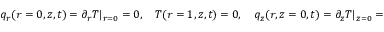
\begin{array} { r } { q _ { r } ( r = 0 , z , t ) = \partial _ { r } T | _ { r = 0 } = 0 , \quad T ( r = 1 , z , t ) = 0 , \quad q _ { z } ( r , z = 0 , t ) = \partial _ { z } T | _ { z = 0 } = 0 , \quad T ( r , z = 1 , t ) = 0 , } \end{array}